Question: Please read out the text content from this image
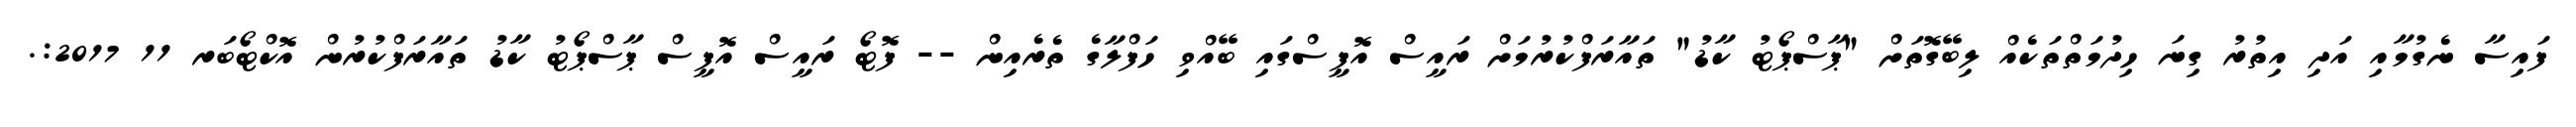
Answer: ފައިސާ ނެގުމާއި އަދި އިތުރު ގިނަ ހިދުމަތްތަކެއް ލިބޭގޮތަށް "ޕާސްޕޯޓު ކާޑު" ތައާރަފްކުރުމަށް ރައީސް އޮފީސްގައި ބޭއްވި ހަފްލާގެ ތެރެއިން -- ފޮޓޯ ރައީސް އޮފީސް ޕާސްޕޯޓު ކާޑު ތައާރަފްކުރުން އޮކްޓޯބަރ 11 2017:.